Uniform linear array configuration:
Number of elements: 12
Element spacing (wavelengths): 1
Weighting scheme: kaiser
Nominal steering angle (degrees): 45
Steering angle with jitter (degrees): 46.73
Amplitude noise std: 0.05
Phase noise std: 0.05

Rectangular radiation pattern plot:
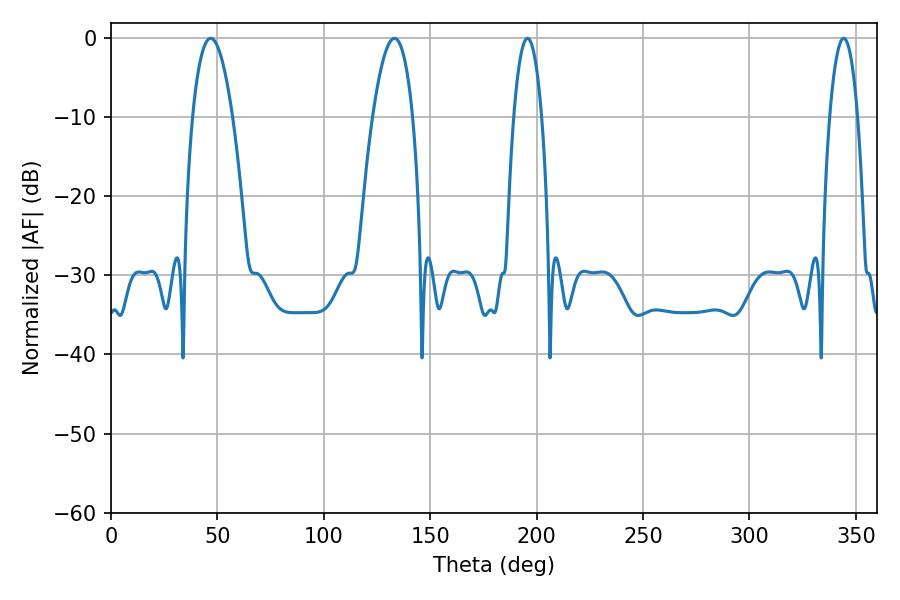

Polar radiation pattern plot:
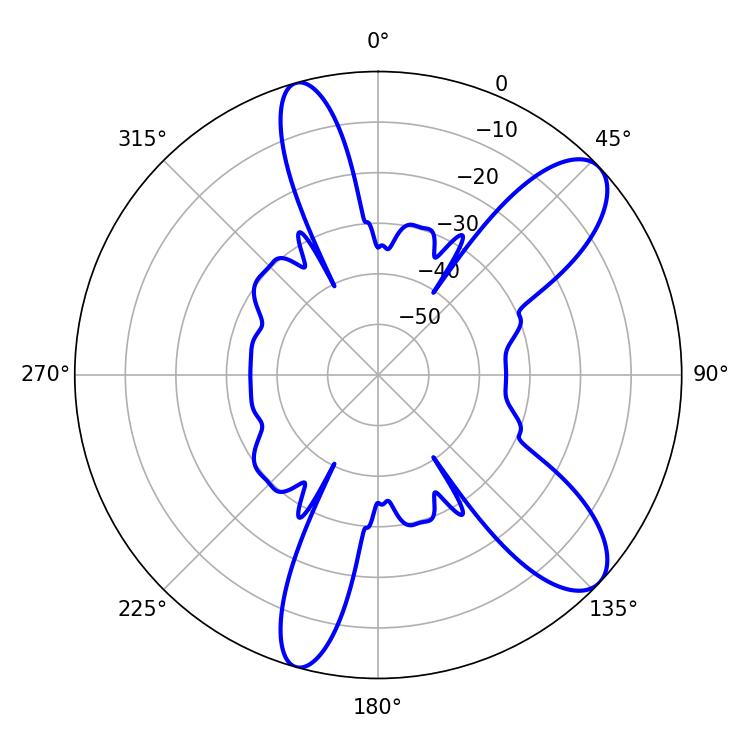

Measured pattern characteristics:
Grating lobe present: TRUE
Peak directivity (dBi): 9.768
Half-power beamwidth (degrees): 10.44
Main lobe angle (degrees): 46.8